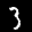
Label: 3